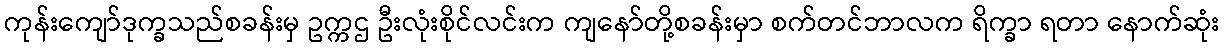
ကုန်းကျော်ဒုက္ခသည်စခန်းမှ ဥက္ကဌ ဦးလုံးစိုင်လင်းက ကျနော်တို့စခန်းမှာ စက်တင်ဘာလက ရိက္ခာ ရတာ နောက်ဆုံး